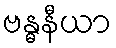
ဗန္ဓနီယာ